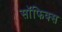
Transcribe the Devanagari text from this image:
सॉफिक्स